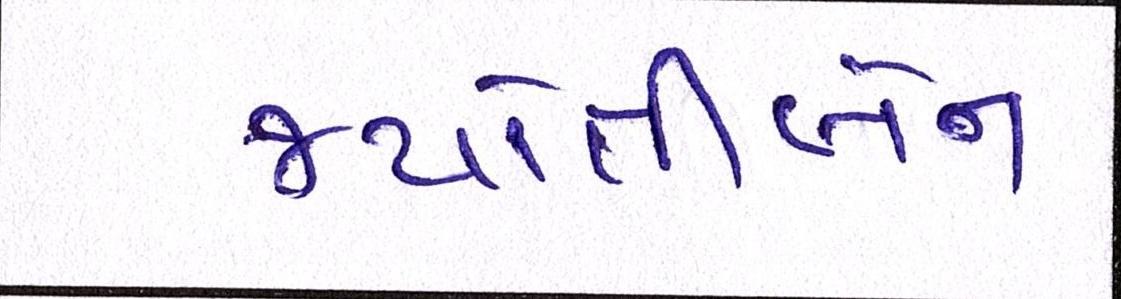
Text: જયોતીબેન